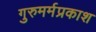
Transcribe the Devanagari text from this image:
गुरुमर्मप्रकाश